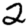
Digit: 2